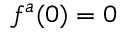
f ^ { a } ( { \boldsymbol { 0 } } ) = { \boldsymbol { 0 } }